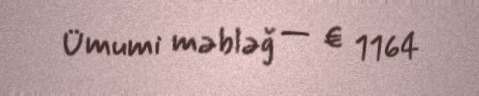
Ümumi məbləğ — € 1164